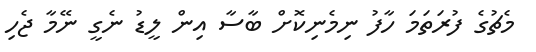
މެޗުގެ ފުރަތަމަ ހާފު ނިމެނިކޮށް ބާސާ އިން ލީޑު ނެގީ ނޭމާ ޖެހި